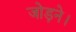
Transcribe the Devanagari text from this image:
जोड़ने।